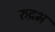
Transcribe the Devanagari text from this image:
रुद्रभ